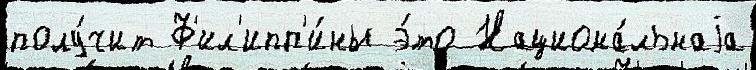
полу́чит Ф'ил'ипп'и́ны э́то Национа́льнаjа